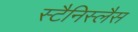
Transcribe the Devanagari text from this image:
स्टैनिस्लैस